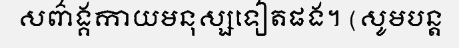
សព៌ាង្គកាយមនុស្សទៀតផង។ (សូមបន្ត